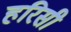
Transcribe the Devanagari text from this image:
हरिसी